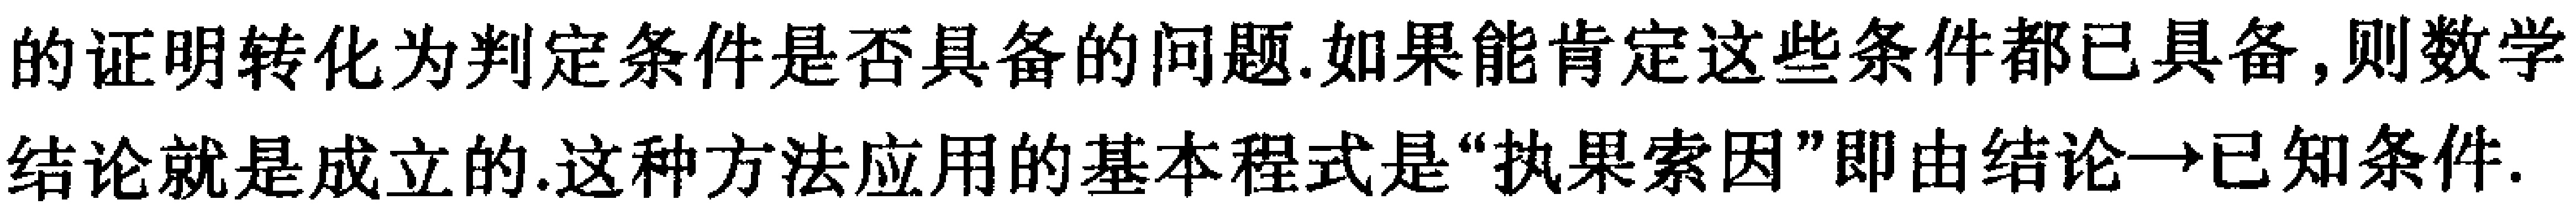
的证明转化为判定条件是否具备的问题.如果能肯定这些条件都已具备,则数学结论就是成立的.这种方法应用的基本程式是“执果索因”即由结论→已知条件.